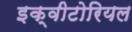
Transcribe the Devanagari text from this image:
इक्वीटोरियल